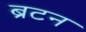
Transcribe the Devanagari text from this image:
ब्रटन